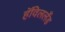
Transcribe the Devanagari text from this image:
हॅविललँड